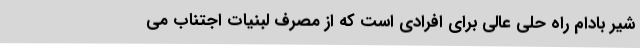
شیر بادام راه حلی عالی برای افرادی است که از مصرف لبنیات اجتناب می